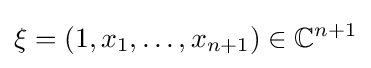
\xi =(1,x_{1},\dots ,x_{n+1})\in \mathbb {C} ^{n+1}